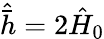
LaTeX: \hat{\bar{h}}=2\hat{H}_{0}